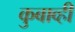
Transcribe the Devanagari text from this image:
कुबाव्ही